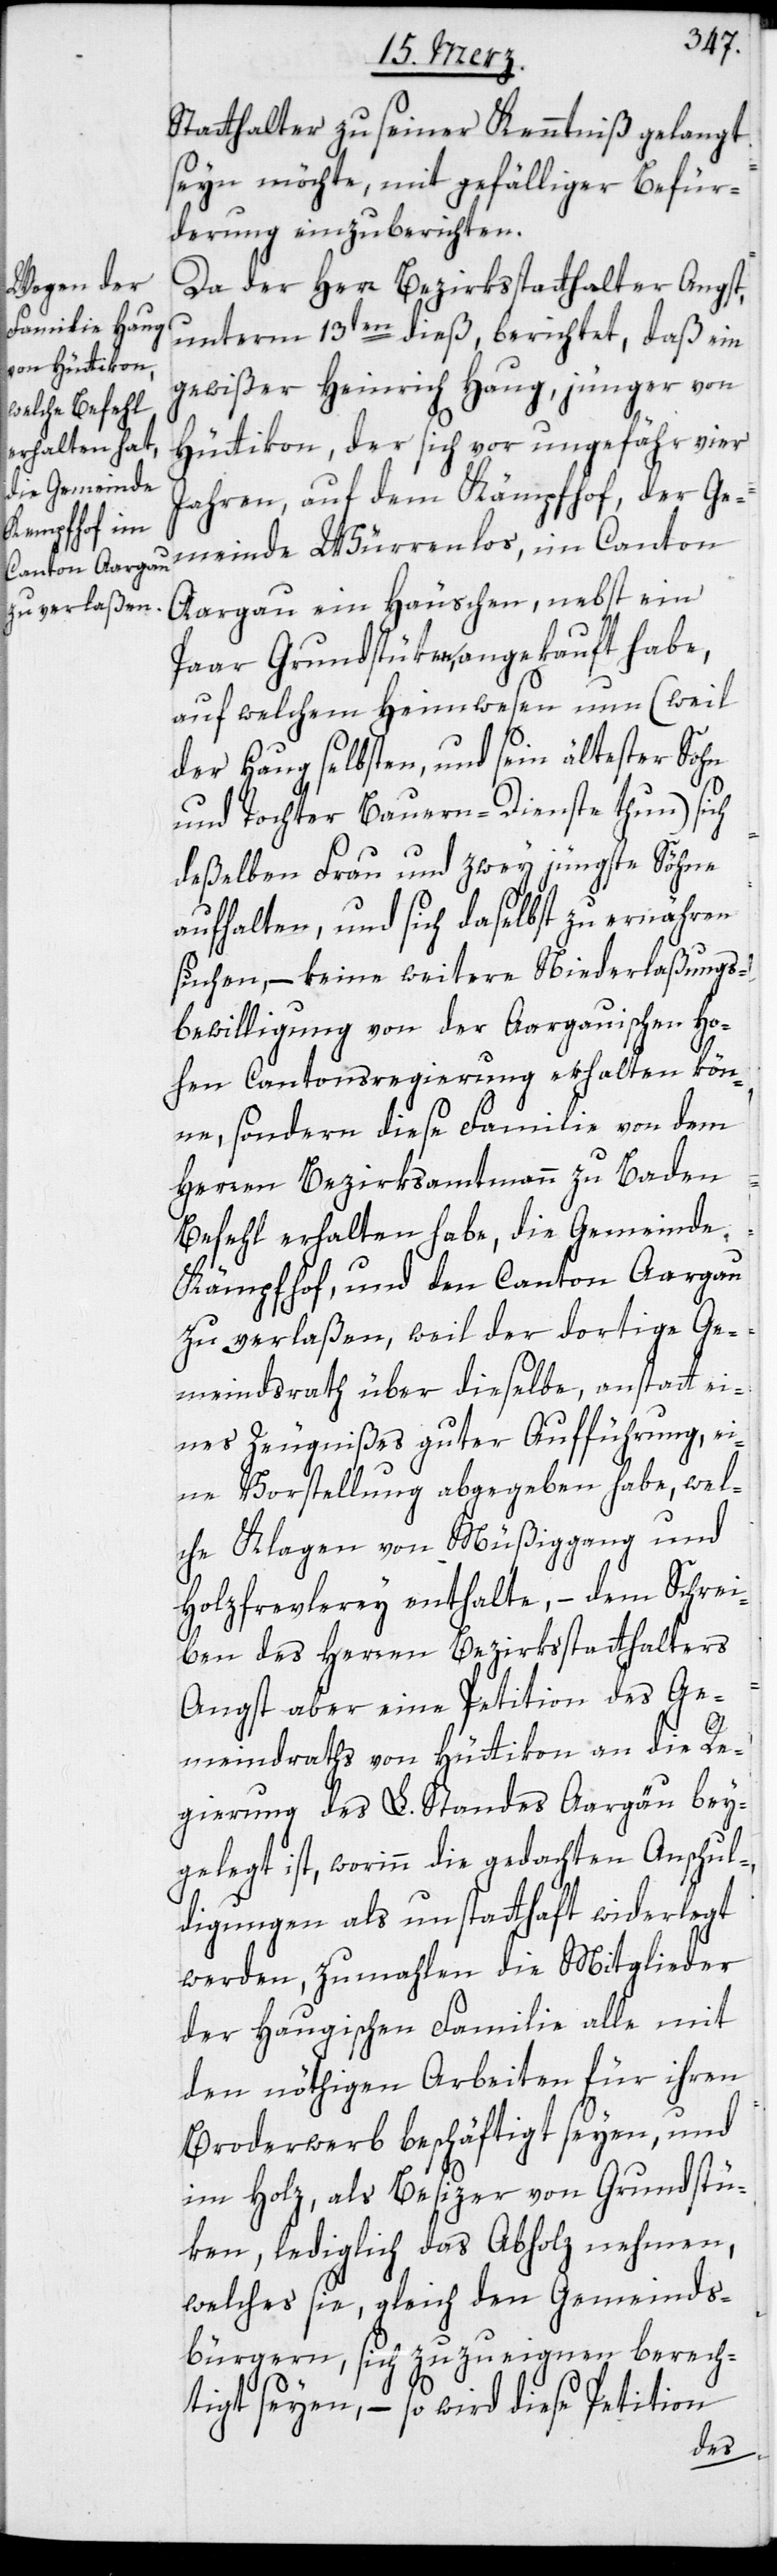
Statthalter zu seiner Kenntniß gelangt
sein möchte, mit gefälliger Befür¬
derung einzuberichten.
Da der Herr Bezirksstatthalter Angst,
unterm 13ten dieß berichtet, daß ein
gewißer Heinrich Haug, jünger, von
Hüttikon, der sich vor ungefähr vier
Jahren auf dem Kämpfhof, der Ge¬
meinde Würenlos, im Canton
Aargau ein Häuschen, nebst ein
Paar Grundstüken angekauft habe,
auf welchem Heimwesen nun (weil
der Haug selbsten und sein ältester Sohn
und Tochter Bauern-Dienste thun) sich
deßelben Frau und zwey jüngste Söhne
aufhalten, und sich daselbst zu ernähren
suchen, – keine weitere Niederlaßungs¬
bewilligung von der Aargauischen Ho¬
hen Cantonsregierung erhalten kön¬
nen, sondern diese Familie von dem
Herren Bezirksamtmann zu Baden
Befehl erhalten habe, die Gemeinde,
Kämpfhof, und den Canton Aargau
zu verlaßen, weil der dortige Ge¬
meindrath über dieselbe, anstatt ei¬
nes Zeugnißes guter Aufführung, ei¬
ne Vorstellung abgegeben habe, wel¬
che Klagen von Müßiggang und
Holzfrevlerey enthalte, – dem Schrei¬
ben des Herren Bezirksstatthalters
Angst aber eine Petition des Ge¬
meindraths von Hüttikon an die Re¬
gierung des lobl. Standes Aargau bey¬
gelegt ist, worin die gedachten Anschul¬
digungen als unstatthaft widerlegt
werden, zumahlen die Mitglieder
der Haugischen Familie alle mit
den nöthigen Arbeiten für ihren
Broderwerb beschäftigt seyen, und
im Holz, als Besizer von Grundstü¬
ken, lediglich das Abholz nehmen,
welches sie, gleich den Gemeinds¬
bürgern, sich zuzueignen berech¬
tigt seyen, – so wird diese Petition